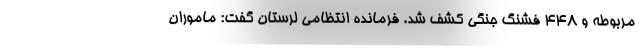
مربوطه و ۴۴۸ فشنگ جنگی کشف شد. فرمانده انتظامی لرستان گفت: ماموران